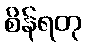
စိန်ရတု